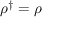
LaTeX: \rho ^ { \dagger } = \rho